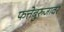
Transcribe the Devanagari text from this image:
फत्तेबुरुजावर